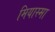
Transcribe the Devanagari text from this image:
मियास्मा